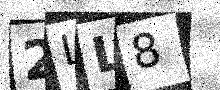
Text: 2LL8